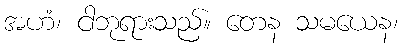
အဟံ၊ ငါဘုရားသည်။ တေန သမယေန၊